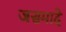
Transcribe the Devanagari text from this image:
जसमादे